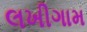
લખીગામ